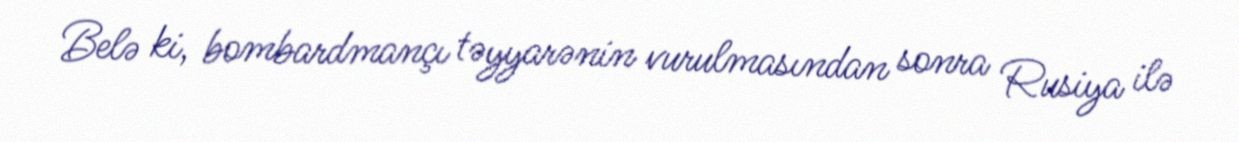
Belə ki, bombardmançı təyyarənin vurulmasından sonra Rusiya ilə